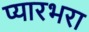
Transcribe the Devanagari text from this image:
प्यारभरा